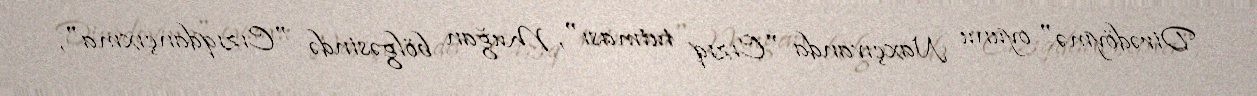
Dirədöymə" oyunu Naxçıvanda "Cızıq tutması", Muğan bölgəsində "Cızıqdançıxma",